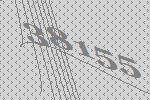
38155